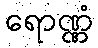
ရောဏ္ဏံ